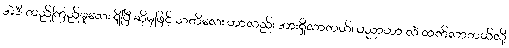
အဲဒီ တည်ကြည်မှုလေး ရှိပြီ ဆိုမှဖြင့် သတိလေး ဟာလည်း အားရှိလာတယ်၊ ပညာဟာ လဲ ထက်လာတယ်လို့